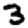
Digit: 3